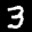
Label: 3